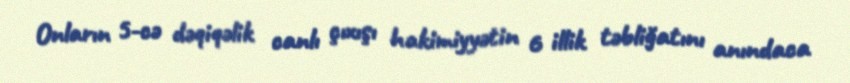
Onların 5-cə dəqiqəlik canlı çıxışı hakimiyyətin 6 illik təbliğatını anındaca